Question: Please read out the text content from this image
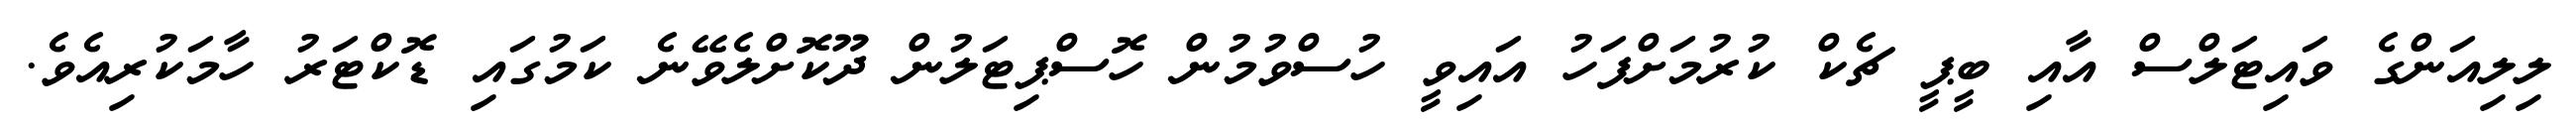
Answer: ލިލިއަންގެ ވައިޓަލްސް އާއި ބީޕީ ޗެކް ކުރުމަށްފަހު އައިވީ ހުސްވުމުން ހޮސްޕިޓަލުން ދޫކޮށްލެވޭނެ ކަމުގައި ޑޮކްޓަރު ހާމަކުރިއެވެ.